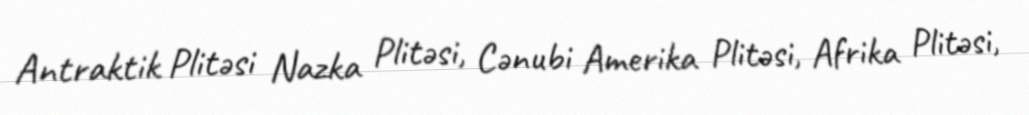
Antraktik Plitəsi Nazka Plitəsi, Cənubi Amerika Plitəsi, Afrika Plitəsi,